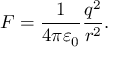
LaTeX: \ F = { \frac { 1 } { 4 \pi \varepsilon _ { 0 } } } { \frac { q ^ { 2 } } { r ^ { 2 } } } .